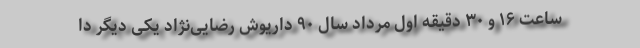
ساعت ۱۶ و ۳۰ دقیقه اول مرداد سال ۹۰ داریوش رضایی‌نژاد یکی دیگر دا